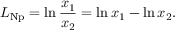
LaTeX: L _ { \mathrm { { N p } } } = \ln { \frac { x _ { 1 } } { x _ { 2 } } } = \ln x _ { 1 } - \ln x _ { 2 } .